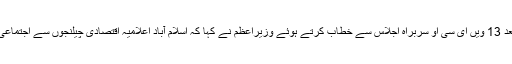
نامہ نگار ارم عباسی کے مطابق بدھ کو اسلام آباد میں تنظیم کی چیئرمین شپ سنبھالنے کے بعد 13 ویں ای سی او سربراہ اجلاس سے خطاب کرتے ہوئے وزیراعظم نے کہا کہ اسلام آباد اعلامیہ اقتصادی چیلنجوں سے اجتماعی طور پر نمٹنے کے لیے ای سی او کے رکن ملکوں کے عزم اور اتفاق رائے کا عکاس ہو گا۔